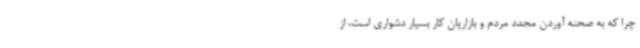
چرا که به صحنه آوردن مجدد مردم و بازاریان کار بسیار دشواری است، از